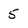
Character: 5